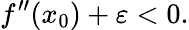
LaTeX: f^{\prime\prime}(x_{0})+\varepsilon<0.